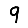
Digit: 9